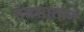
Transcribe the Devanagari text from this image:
मेदसात्मने